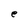
Character: e